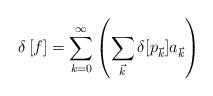
LaTeX: \begin{align*}\delta\left[f\right] &= \sum_{k=0}^\infty \left( \sum_{\vec{k}} \delta[p_{\vec{k}}] a_{\vec{k}} \right)\end{align*}